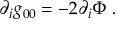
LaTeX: \partial _ { i } g _ { 0 0 } = - 2 \partial _ { i } \Phi \ .